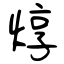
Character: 焞